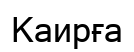
Каирға